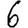
Digit: 6